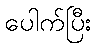
ပေါက်ပြီး